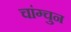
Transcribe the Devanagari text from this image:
चांग्चुन